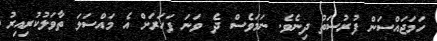
ހަމަޖައްސަން ފުރުސަތު ދިނެވެ. ނަމަވެސް ދެ ވަނަ ފަހަރަށް އެ މައްސަލަ ތާވަލުކުރިއިރު